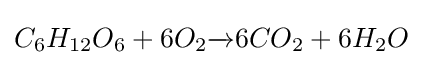
C_{6}H_{12}O_{6}+6O_{2}{\xrightarrow[{}]{}}6CO_{2}+6H_{2}O